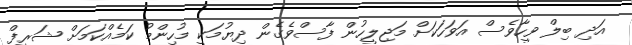
އަދި ބިލް ވީހާވެސް އަވަހަކަށް މަޖިލީހުން ފާސްވެގެން ދިޔުމަކީ މުހިންމު ކަމެއްކަމަށް ޝަރީފް